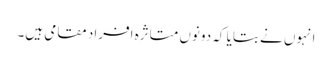
انہوں نے بتایا کہ دونوں متاثرہ افراد مقامی ہیں۔